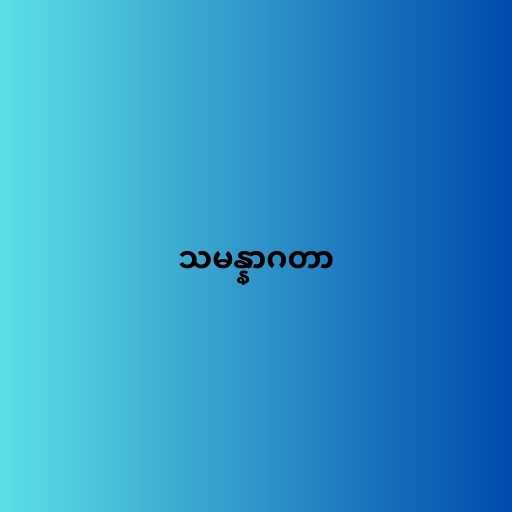
သမန္နာဂတာ